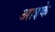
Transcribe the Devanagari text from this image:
आइके